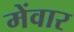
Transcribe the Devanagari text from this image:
मेंवार